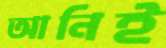
আনিই